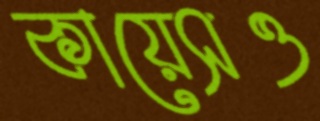
কায়েসও